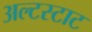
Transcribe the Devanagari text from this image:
अल्टस्टाट